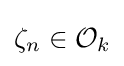
\zeta _{n}\in {\mathcal {O}}_{k}